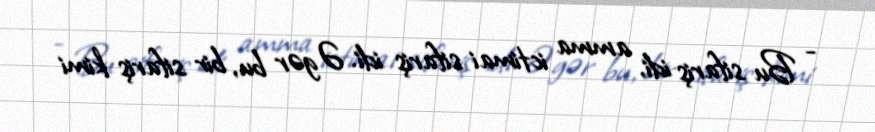
- Bu sifariş idi, amma ictimai sifariş idi. Əgər bu, bir sifariş kimi